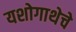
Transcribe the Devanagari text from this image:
यशोगाथेचे